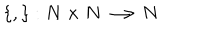
LaTeX: \left\{ , \right\} : N \times N \longrightarrow N